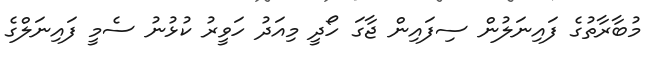
މުބާރާތުގެ ފައިނަލުން ސިފައިން ޖާގަ ހޯދީ މިއަދު ހަވީރު ކުޅުނު ސެމީ ފައިނަލްގެ